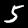
Label: 5